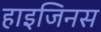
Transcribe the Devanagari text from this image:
हाइजिनस